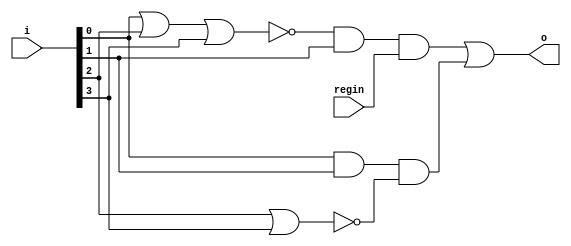
module ctrl(input [3:0] i, input regin, output o);
    wire [3:0] wc;

    assign wc[0] = i[0] & i[1];
    assign wc[1] = !(i[2] | i[3]);

    assign wc[2] = !(i[0] | i[2] | i[3]);
    assign wc[3] = wc[2] & i[1];
    
    assign o = (wc[3] & regin) | (wc[0] & wc[1]);

endmodule